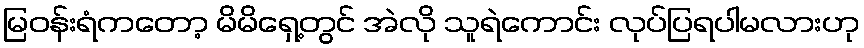
မြဝန်းရံကတော့ မိမိရှေ့တွင် အဲလို သူရဲကောင်း လုပ်ပြရပါမလားဟု